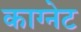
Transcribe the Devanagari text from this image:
काग्नेट